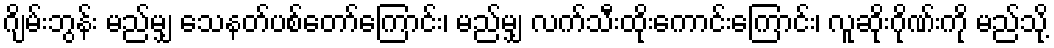
ဂျိမ်းဘွန်း မည်မျှ သေနတ်ပစ်တော်ကြောင်း၊ မည်မျှ လက်သီးထိုးကောင်းကြောင်း၊ လူဆိုးဂိုဏ်းကို မည်သို့